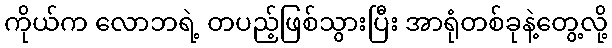
ကိုယ်က လောဘရဲ့ တပည့်ဖြစ်သွားပြီး အာရုံတစ်ခုနဲ့တွေ့လို့